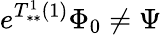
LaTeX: e^{T_{**}^{1}(1)}\Phi_{0}\neq\Psi